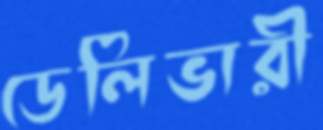
ডেলিভারী